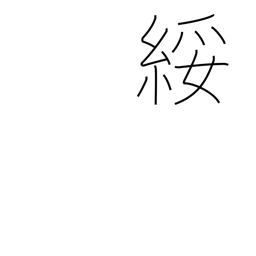
Meaning: cheap